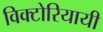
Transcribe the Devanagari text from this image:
विक्टोरियायी